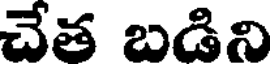
చేత బడిని